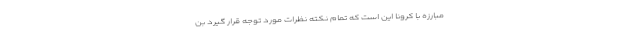
مبارزه با کرونا این است که تمام نکته نظرات مورد توجه قرار گیرد بن